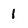
Character: 1